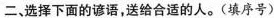
二、选择下面的谚语，送给合适的人。(填序号)